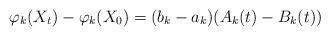
LaTeX: \begin{align*}\varphi_k(X_t)-\varphi_k(X_0)=(b_k-a_k)(A_k(t)-B_k(t))\end{align*}